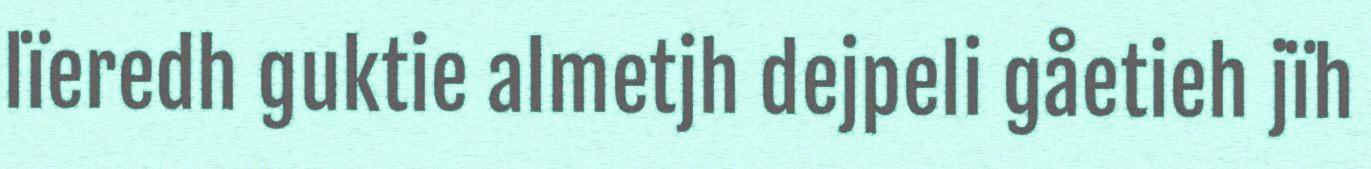
lïeredh guktie almetjh dejpeli gåetieh jïh